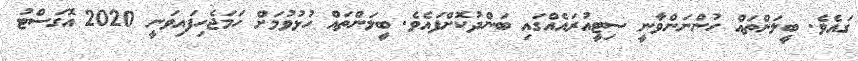
ގައެވެ. ބީލަންތައް ހުންނަންވާނީ ސިޓީއުރައެއްގައި ބަންދުކޮށްފައެވެ. ބީލަންތައް ހުޅުވުމަށް ހަމަޖެހިފައިވަނީ 2020 އޮގަސްޓު